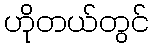
ဟိုတယ်တွင်